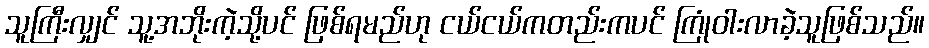
သူကြီးလျှင် သူ့အဘိုးကဲ့သို့ပင် ဖြစ်ရမည်ဟု ငယ်ငယ်ကတည်းကပင် ကြုံဝါးလာခဲ့သူဖြစ်သည်။